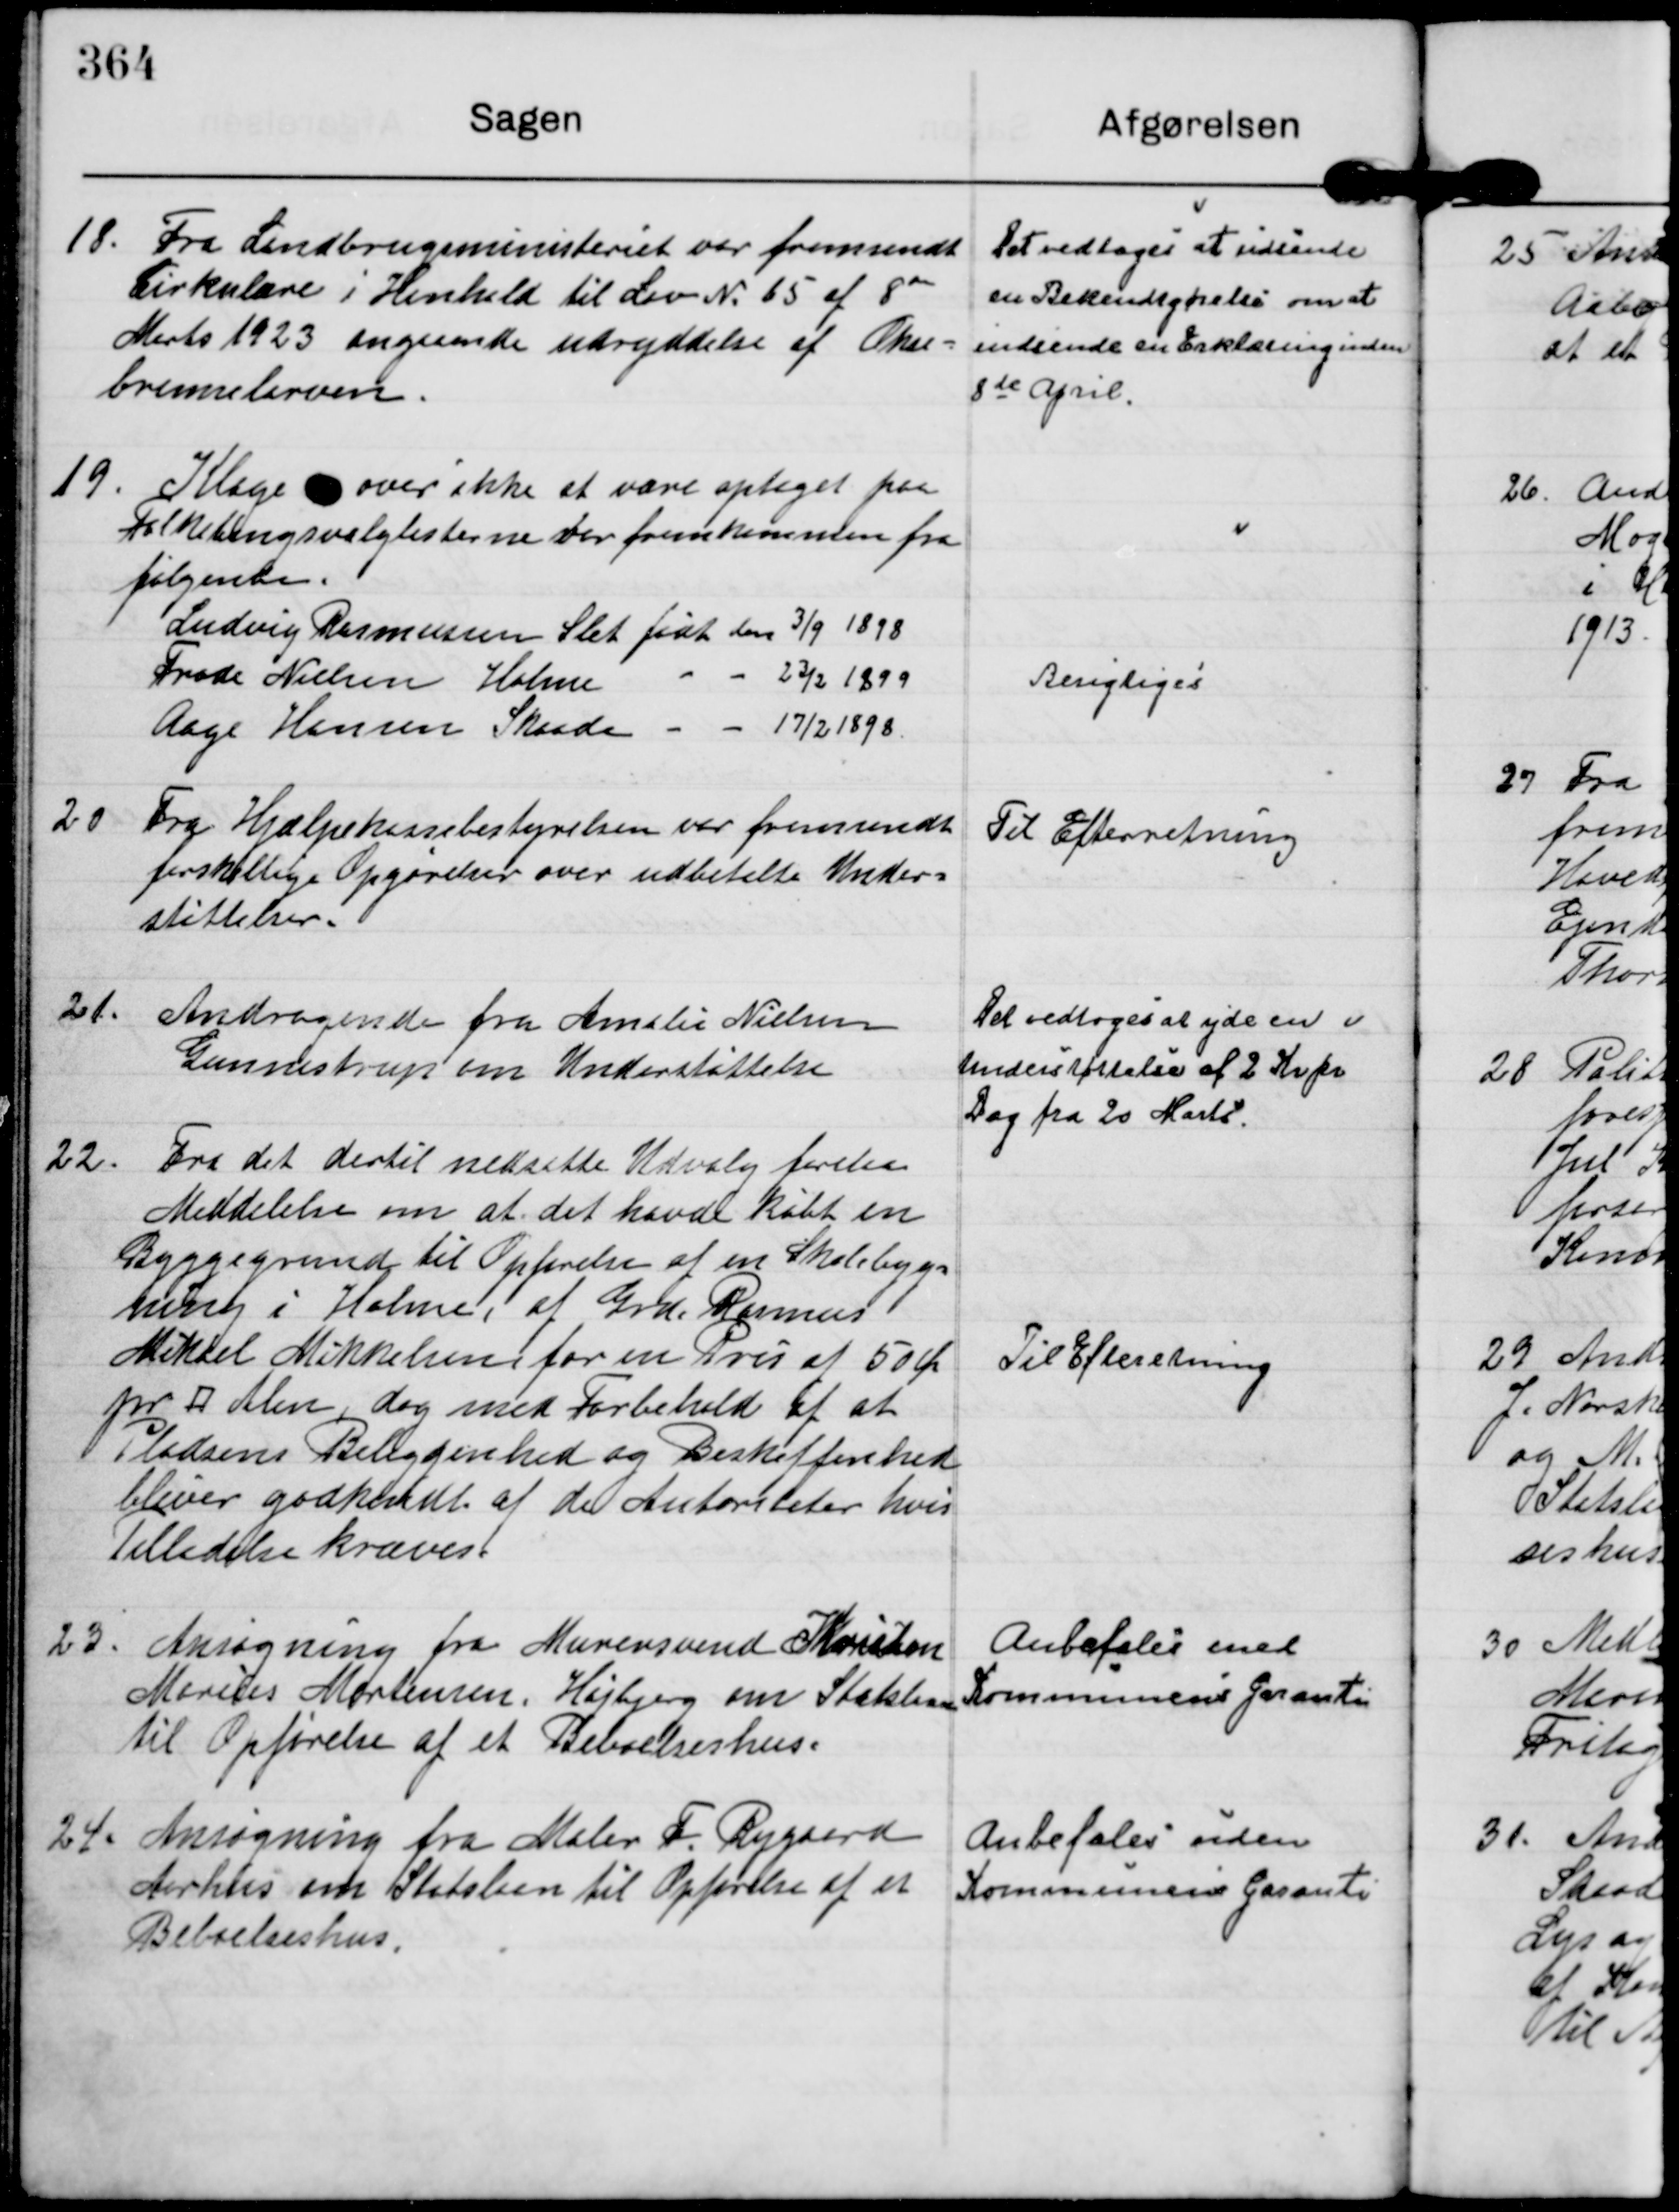
Transskription:
18. Fra Landbrugsministeriet var fremsendt
Cirkulære i Henhold til Lov N. 65 af 8de
Marts 1923 angaaende udryddelse af Okse-
bremselarven.

Det vedtoges at udsende
en Bekendtgørelse om at
indsende en Erklæring inden
8de April.

19.
Klage over ikke at være optaget paa
Folketingsvalglisterne var fremkommen fra
følgende.
Ludvig Rasmussen Slet født den 3/9 1898
Frode Nielsen Holme   -   -   23/2 1899
Aage Hansen Skaade   -   -   17/2 1898

Berigtiges

20
Fra Hjælpekassebestyrelsen var fremsendt
forskellige Opgørelser over udbetalte Under-
støttelser.

Til Efterretning

21.
Andragende fra Amalie Nielsen
Gunnestrup om Understøttelse

Det vedtoges at yde en
Understøttelse af 2 Kr pr
Dag fra 20 Marts.

22. Fra det dertil nedsatte Udvalg forelaa
Meddelelse om at det havde købt en
Byggegrund til Opførelse af en Skolebyg-
ning i Holme, af Grd Rasmus
Mikkel Mikkelsen for en Pris af 50 Ør
pr kv. Alen, dog med Forbehold af at
Pladsens Beliggenhed og Beskaffenhed
bliver godkendt af de Autoriteter hvis
Tilladelse kræves.

Til Efteretning

23. Ansøgning fra Murersvend Kristian
Marius Mortensen, Højbjerg om Statslaan
til Opførelse af et Beboelseshus.

Anbefales med
Kommunens Garanti

24. Ansøgning fra Maler F. Rygaard
Aarhus om Statslaan til Opførelse af et
Beboelseshus.

Anbefales uden
Kommunens Garanti